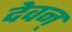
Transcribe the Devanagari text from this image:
देवन्